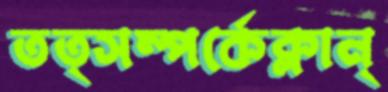
তত্সম্পর্কেক্লান্